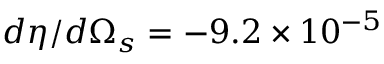
d \eta / d \Omega _ { s } = - 9 . 2 \times 1 0 ^ { - 5 }